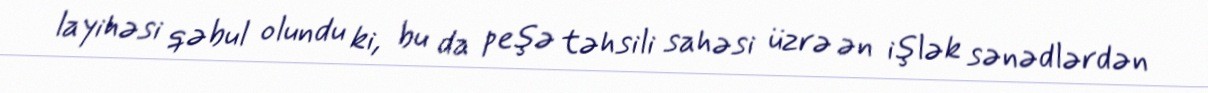
layihəsi qəbul olundu ki, bu da peşə təhsili sahəsi üzrə ən işlək sənədlərdən